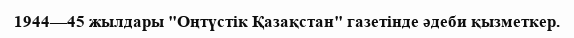
1944—45 жылдары "Оңтүстік Қазақстан" газетінде әдеби қызметкер.